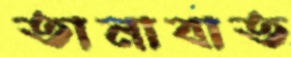
তানাবাত